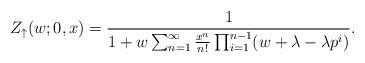
LaTeX: \begin{align*}Z_\uparrow (w; 0,x)=\frac{1}{1+w \sum_{n=1}^\infty\frac{x^n}{n!}\prod_{i=1}^{n-1}(w+\lambda - \lambda p^i)}.\end{align*}